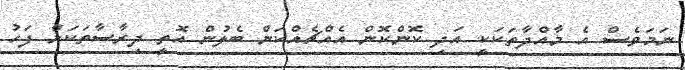
ނަމަވެސް އެ މާއްދާތަކަކީ އަދި ކޮންކޮން އެއްޗެއްކަން ބެލުން އޮތީ ދިރާސާތަކަށް ފަހު